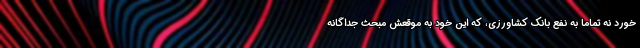
خورد نه تماماً به نفع بانک کشاورزی، که این خود به موقعش مبحث جداگانه